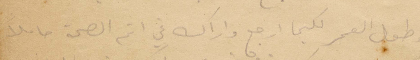
طول العمر لكيما ارجع واراك في اتم الصحة حاملًا